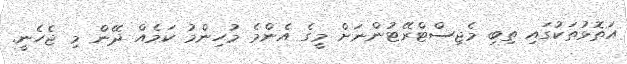
އަތޮޅުތަކުގައި ތިބި މެޖިސްޓްރޭޓުންނަށް މީގެ އެންމެ މުހިންމު ކަމެއް ދޭން މި ޖެހެނީ.